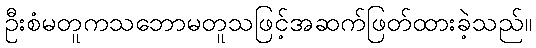
ဦးစံမတူကသဘောမတူသဖြင့်အဆက်ဖြတ်ထားခဲ့သည်။